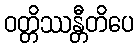
ဝတ္တိဿန္တီတိပေ